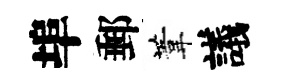
埠郵葦議